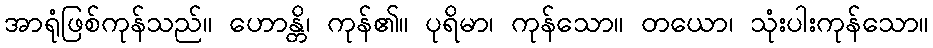
အာရုံဖြစ်ကုန်သည်။ ဟောန္တိ၊ ကုန်၏။ ပုရိမာ၊ ကုန်သော။ တယော၊ သုံးပါးကုန်သော။